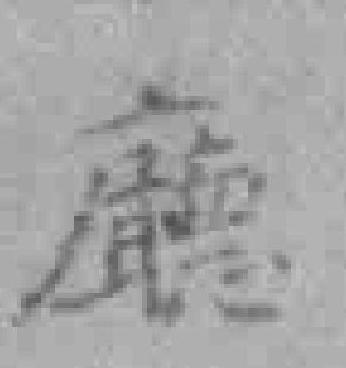
廳